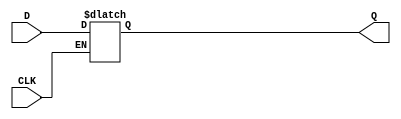
module d_latch(Q,D,CLK);
	input D,CLK;
	output Q;
	reg Q;
	always@(CLK or D)begin
		if(CLK)Q=D;
	end
endmodule